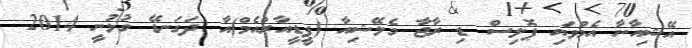
އޭޝިއާނާ އެމްވައި ޕޮލިސް ޑި ރާޖާ މެލޭޝިއާ (ޕީޑީއާރްއެމް)އާ ދަގަނޑޭ ގުޅުނީ 2014